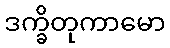
ဒက္ခိတုကာမော